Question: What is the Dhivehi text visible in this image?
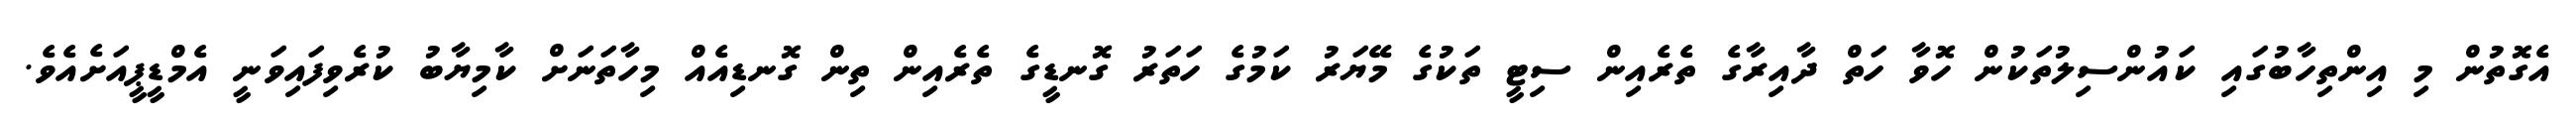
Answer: އެގޮތުން މި އިންތިހާބުގައި ކައުންސިލުތަކުން ހޮވާ ހަތް ދާއިރާގެ ތެރެއިން ސިޓީ ތަކުގެ މޭޔަރު ކަމުގެ ހަތަރު ގޮނޑީގެ ތެރެއިން ތިން ގޮނޑިއެއް މިހާތަނަށް ކާމިޔާބު ކުރެވިފައިވަނީ އެމްޑީޕީއަށެއެވެ.